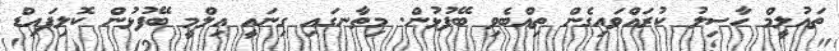
ތައުލީމް ހާސިލު ކުރައްވައިގެން ތިއްބެވި ބޭފުޅުން. މިތާނގައި ގިނައީ އިލްމީ ބޭފުޅުން ކޮލިފައިޑް